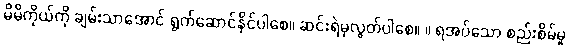
မိမိကိုယ်ကို ချမ်းသာအောင် ရွက်ဆောင်နိုင်ပါစေ။ ဆင်းရဲမှလွတ်ပါစေ။ ။ ရအပ်သော စည်းစိမ်မှု